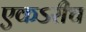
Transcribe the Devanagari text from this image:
एकऽरीच